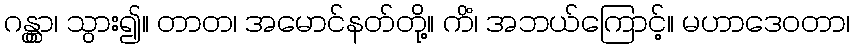
ဂန္တွာ၊ သွား၍။ တာတ၊ အမောင်နတ်တို့။ ကိံ၊ အဘယ်ကြောင့်။ မဟာဒေဝတာ၊